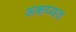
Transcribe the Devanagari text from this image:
अक्षय्यत